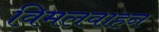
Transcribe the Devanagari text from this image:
विमलवाहन